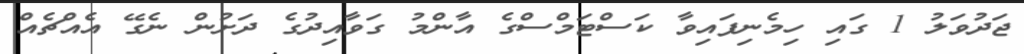
ޖަދުވަލު 1 ގައި ހިމެނިފައިވާ ކަސްޓަމްސްގެ އާންމު ގަވާއިދުގެ ދަށުން ނެގޭ އެއްޗެއް